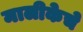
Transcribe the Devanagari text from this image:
मालीकेचे